Vabadussoja_Ajaloo_Komitee, lk 10
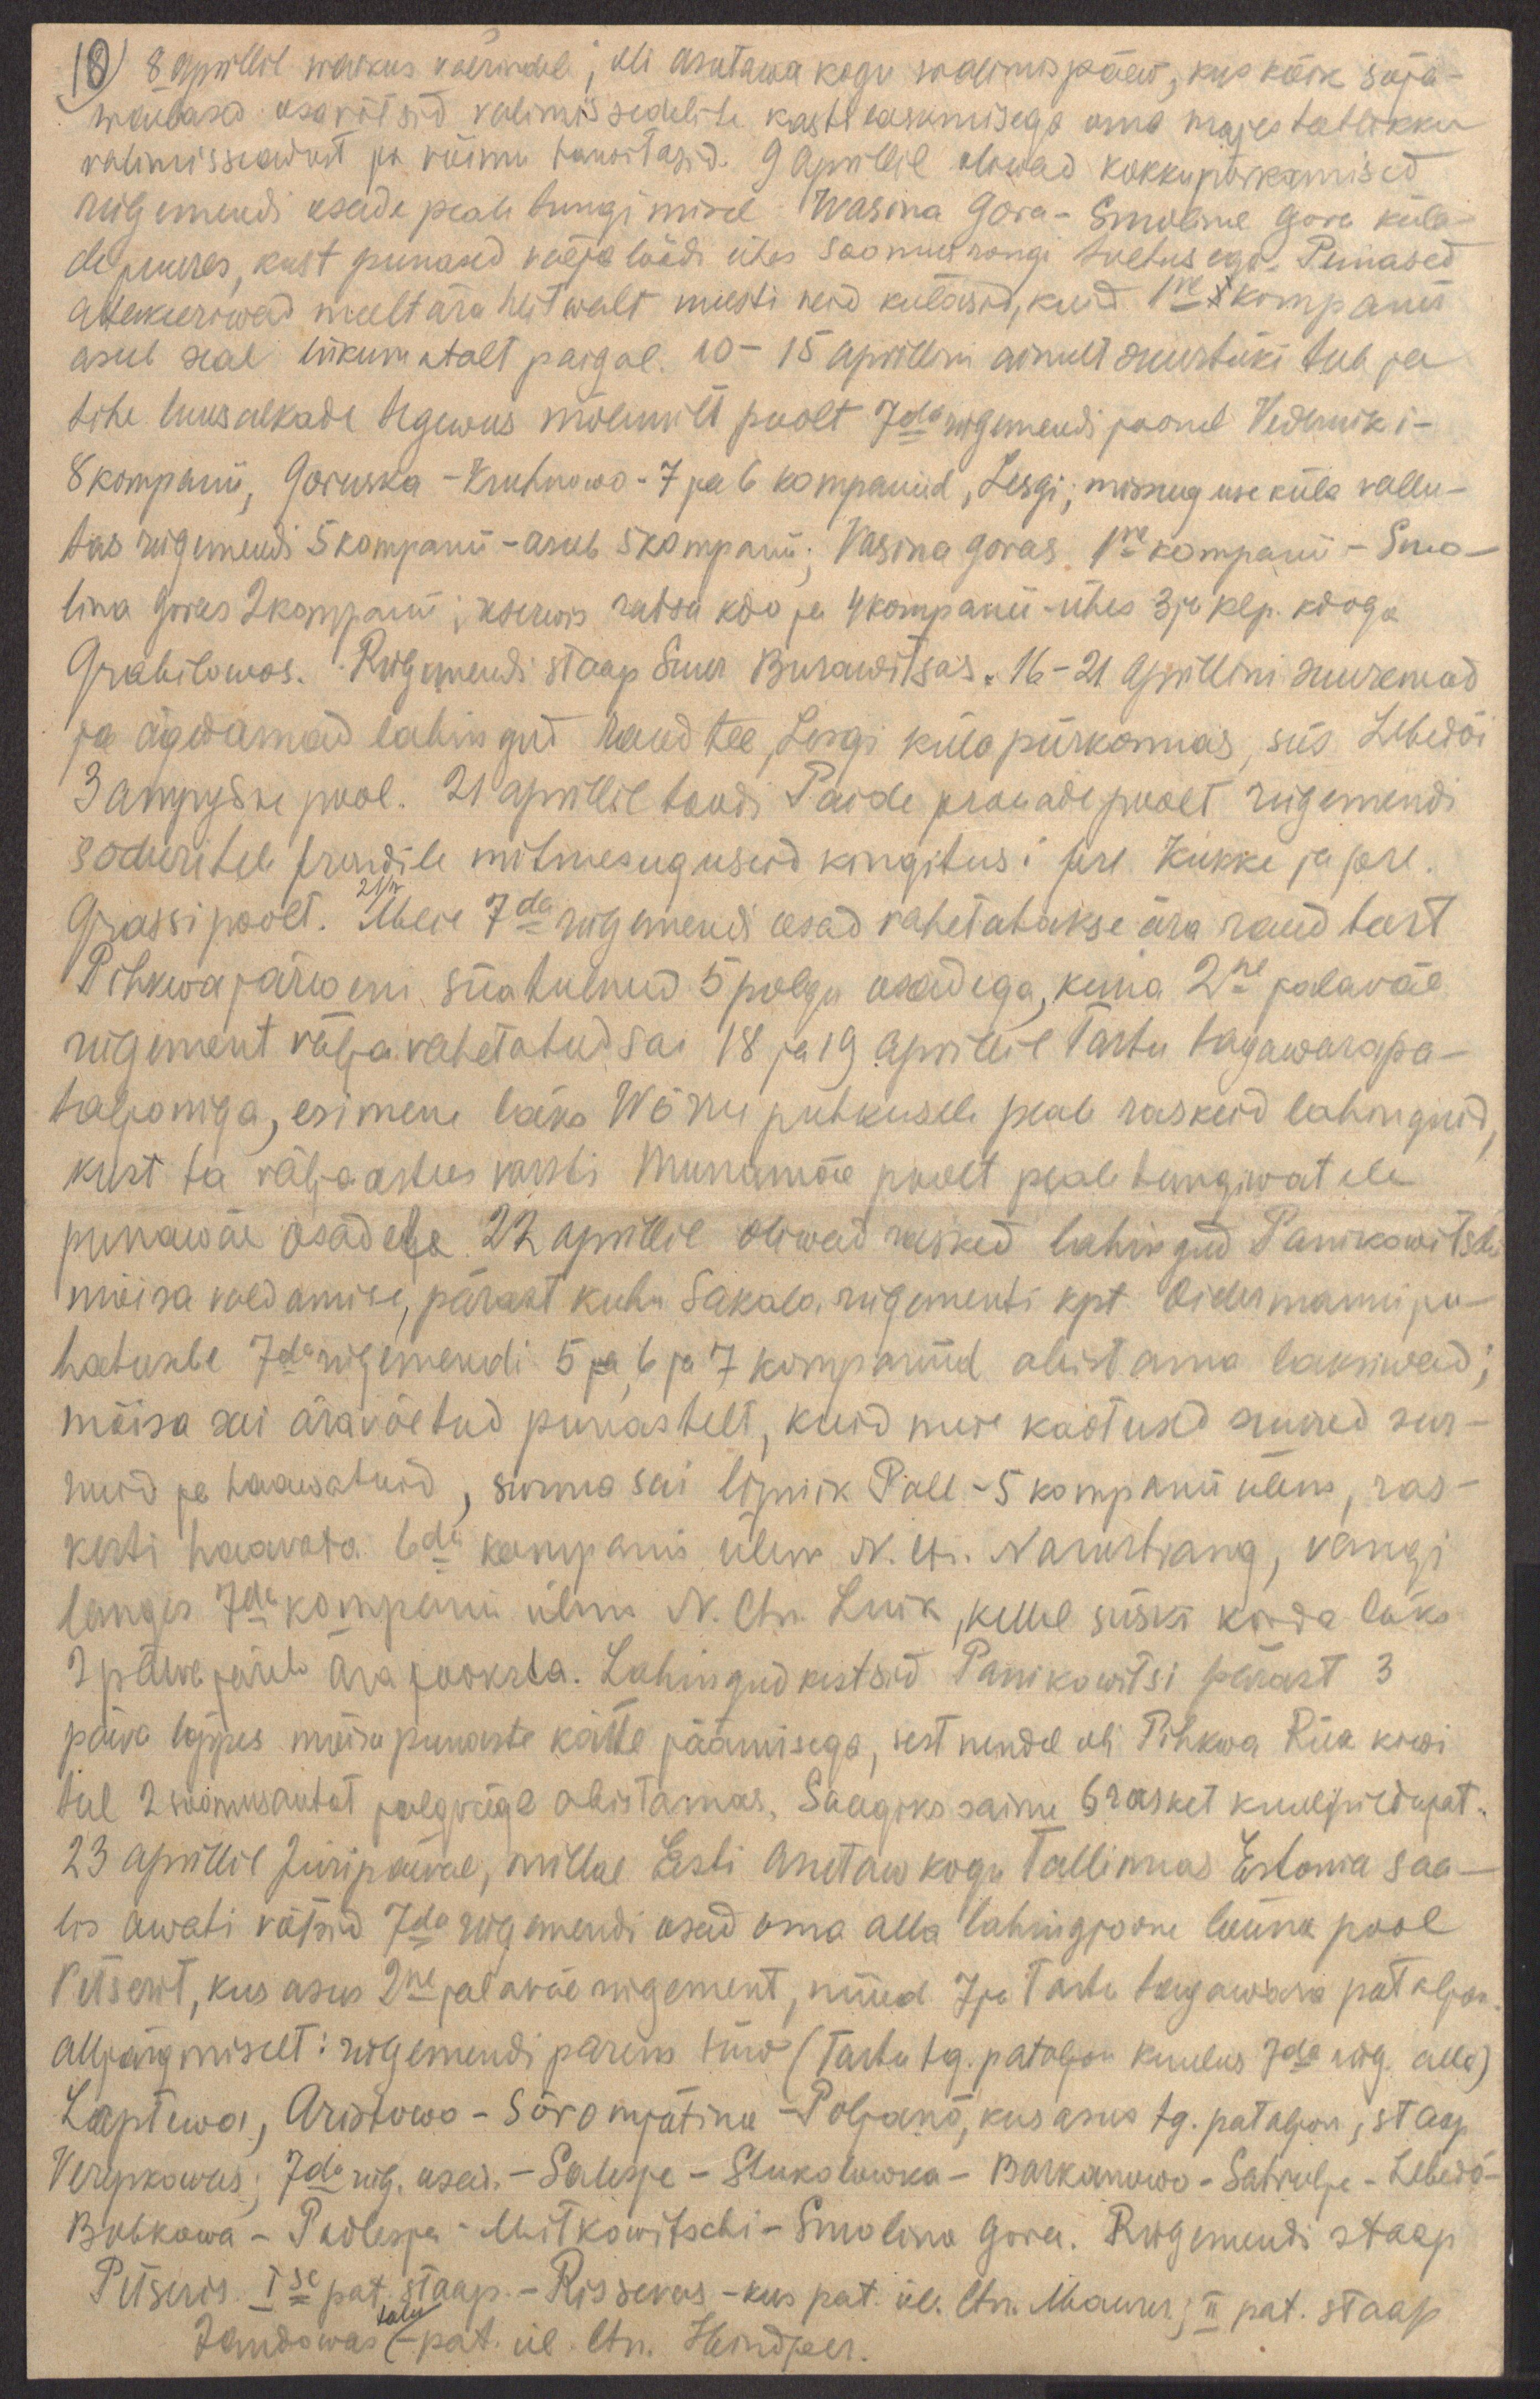
10) 8 aprillil waikus väerindel, oli Asutava kogu walimispäev, kus kõik sõja-
wäelased osa võtsid valimissedelite kasti laskmisega oma majesteetlikku
valimisseadust ja võimu tarwitasid. 9 aprillil oliwad kokkupõrkamised
rügemendi osade pealetungimisel Wasina Gora - Smolina Gora küla-
de juures, kust punased välja löödi ühes soomusrongi toetusega. Punased
attakeeriwad meelt ära heitwalt uuesti neid külasid, kuid 1ne kompanii
asub seal liikumatalt paigal. 10 - 15 aprillini ainult suurtüki tule ja
tihe luursalkade tegewus mõlemilt poolt 7da rügemendi joonel Vederniki -
8 kompanii, Goruska - Kruhnowo - 7 ja 6 kompaniid, Lesgi; missuguse küla vallu-
tas rügemendi 5 kompanii - asub 5 kompanii; Vasina Goras 1ne kompanii - Smo-
lina Goras 2 kompanii; reserwis ratsa kdo ja 4 kompanii - ühes 3 ja klp. kdoga
Grabilowos. Rügemendi staap Suur Burawitsas. 16-21 aprillini suuremad
ja ägedamad lahingud raudtee, Lesgi küla piirkonnas, siis Lebedõi
затрубне pool. 21 aprillil toodi Paide prouade poolt rügemendi
sõduritele frondile mitmesuguseid kingitusi prl. Kukke ja prl.
21/IV
Grassi poolt. Meie 7da rügemendi osad vahetatakse ära raud teest
Pihkwa järweni siiatulnud 5 polgu osadega, kuna 2ne jalawäe
rügement väljavahetatud sai 18 ja 19. aprillil Tartu tagawarapa-
taljoniga, esimene läks Wõrru puhkusele peale raskeid lahingud,
kust ta välja astus varsti Munamäe poolt peale tungiwatele
punawäe osadele. 22 aprillil oliwad rasked lahingud Panikowitschi
mõisa valdamise, pärast kuhu Sakala rügementi kpt. Oidermanni ju-
hatusele 7da rügemendi 5 ja 6 ja 7 kompaniid abistama laksiwad;
mõisa sai äravõetud punastelt, kuid meie kaotused suured sur-
nuid ja haawatuid, surma sai lipnik Pall - 5 kompanii ülem, ras-
kesti haawata 6da kompanii ülem N. ltn. Narustrang, vangi
langes 7da kompanii ülem N. ltn. Luik, kellel siiski korda läks
2 päeva järel ära jooksta. Lahingud kestsid Panikowitsi pärast 3
päeva lõppes mõisa punaste kätte jäämisega, sest nendel oli Pihkwa Riia kiwi
teel 2 soomusautot jalgväge abistamas. Saagiks saime 6 rasket kuulipildujat.
23 aprillil Jüripäeval, millal Eesti Asutaw kogu Tallinnas Estonia saa-
lis awati võtsid 7da rügemendi osad oma alla lahingjoone lõuna pool
Petserit, kus asus 2ne jalaväe rügement, nüüd 7 ja Tartu tagawara pataljon
alljärgmiselt: rügemendi parem tiiw (Tartu tg. pataljon kuulus 7da rüg. alla)
Laptewa, Aristowo - Sõromjätina - Poljanõ, kus asus tg. pataljon, staap
Verepkowas; 7da rüg. osad. -  Salesje - Stukolowka - Barkanowo - Satrubje - Lebedõ -
Bobkowa - Podlesja - Mitkowitschi - Smolino Gora. Rügemendi staap
Petseris. Ise pat. staap. - Rissevos - kus pat. ül. ltn. Maurer; II pat. staap
talu
Jandowas  - pat. ül. ltn. Hindper.